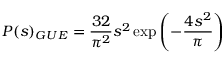
P ( s ) _ { G U E } = \frac { 3 2 } { \pi ^ { 2 } } s ^ { 2 } \exp \left( - \frac { { 4 } s ^ { 2 } } { \pi } \right)